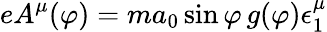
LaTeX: eA^{\mu}(\varphi)=ma_{0}\sin\varphi\, g(\varphi)\epsilon_{1}^{\mu}